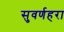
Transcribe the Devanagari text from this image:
सुवर्णहरा